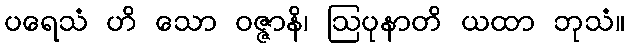
ပရေသံ ဟိ သော ဝဇ္ဇာနိ၊ ဩပုနာတိ ယထာ ဘုသံ။